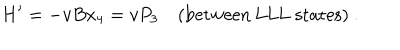
H ^ { \prime } = - v B x _ { 4 } = v P _ { 3 } \quad ( \mathrm { b e t w e e n ~ L L L ~ s t a t e s } ) \ .